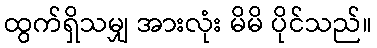
ထွက်ရှိသမျှ အားလုံး မိမိ ပိုင်သည်။